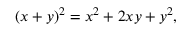
( x + y ) ^ { 2 } = x ^ { 2 } + 2 x y + y ^ { 2 } ,